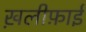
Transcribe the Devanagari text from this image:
ख़लीफ़ाई